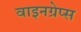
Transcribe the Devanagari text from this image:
वाइनग्रेप्स